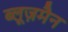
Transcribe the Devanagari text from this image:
ब्लूज़मैन